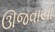
ઊજવાયો